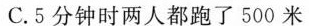
C.5分钟时两人都跑了500米